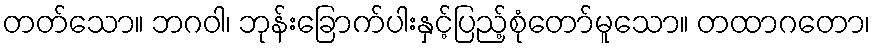
တတ်သော။ ဘဂဝါ၊ ဘုန်းခြောက်ပါးနှင့်ပြည့်စုံတော်မူသော။ တထာဂတော၊